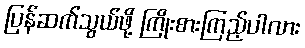
ပြန်ဆက်သွယ်ဖို့ ကြိုးစားကြည့်ပါလား